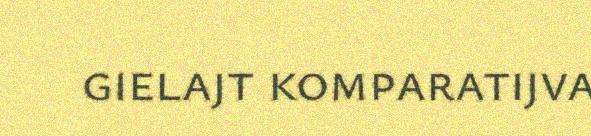
gielajt komparatijva